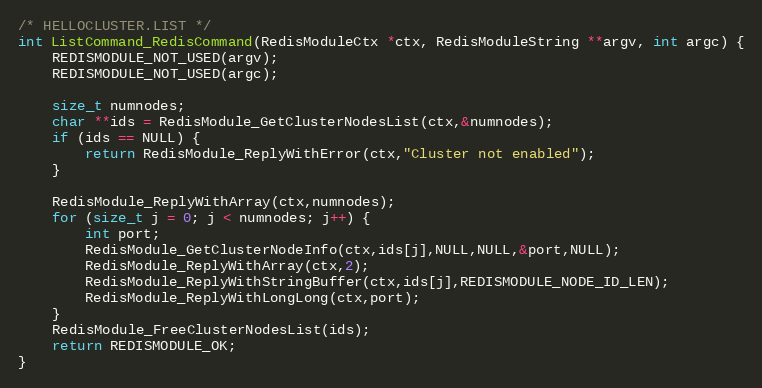
Language: C
/* HELLOCLUSTER.LIST */
int ListCommand_RedisCommand(RedisModuleCtx *ctx, RedisModuleString **argv, int argc) {
    REDISMODULE_NOT_USED(argv);
    REDISMODULE_NOT_USED(argc);

    size_t numnodes;
    char **ids = RedisModule_GetClusterNodesList(ctx,&numnodes);
    if (ids == NULL) {
        return RedisModule_ReplyWithError(ctx,"Cluster not enabled");
    }

    RedisModule_ReplyWithArray(ctx,numnodes);
    for (size_t j = 0; j < numnodes; j++) {
        int port;
        RedisModule_GetClusterNodeInfo(ctx,ids[j],NULL,NULL,&port,NULL);
        RedisModule_ReplyWithArray(ctx,2);
        RedisModule_ReplyWithStringBuffer(ctx,ids[j],REDISMODULE_NODE_ID_LEN);
        RedisModule_ReplyWithLongLong(ctx,port);
    }
    RedisModule_FreeClusterNodesList(ids);
    return REDISMODULE_OK;
}